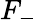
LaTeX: F_{-}